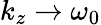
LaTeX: k_{z}\rightarrow\omega_{0}